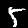
Label: 5